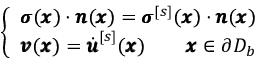
\left\{ \begin{array} { l l } { { \pmb \sigma } ( { \pmb x } ) \cdot { \pmb n } ( { \pmb x } ) = { \pmb \sigma } ^ { [ s ] } ( { \pmb x } ) \cdot { \pmb n } ( { \pmb x } ) } \\ { { \pmb v } ( { \pmb x } ) = \dot { \pmb u } ^ { [ s ] } ( { \pmb x } ) \qquad { \pmb x } \in \partial D _ { b } } \end{array} \right.